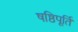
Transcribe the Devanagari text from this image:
षष्ठिपूर्ति